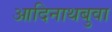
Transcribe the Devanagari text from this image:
आदिनाथबुवा